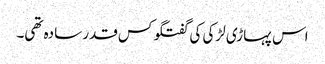
اس پہاڑی لڑکی کی گفتگو کس قدر سادہ تھی۔